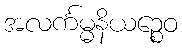
အလင်္ကမ္မနိယဉ္စေဝ